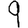
Digit: 9